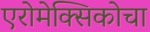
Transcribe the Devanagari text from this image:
एरोमेक्सिकोचा